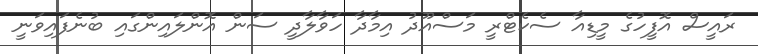
ރައީސް އޮފީހުގެ މީޑިއާ ސެކެޓްރީ މަސްއޫދު އިމާދާ ހަވާލާދީ ސަން އޮންލައިންގައި ބުނެފައިވަނީ